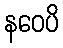
နဝေပိ